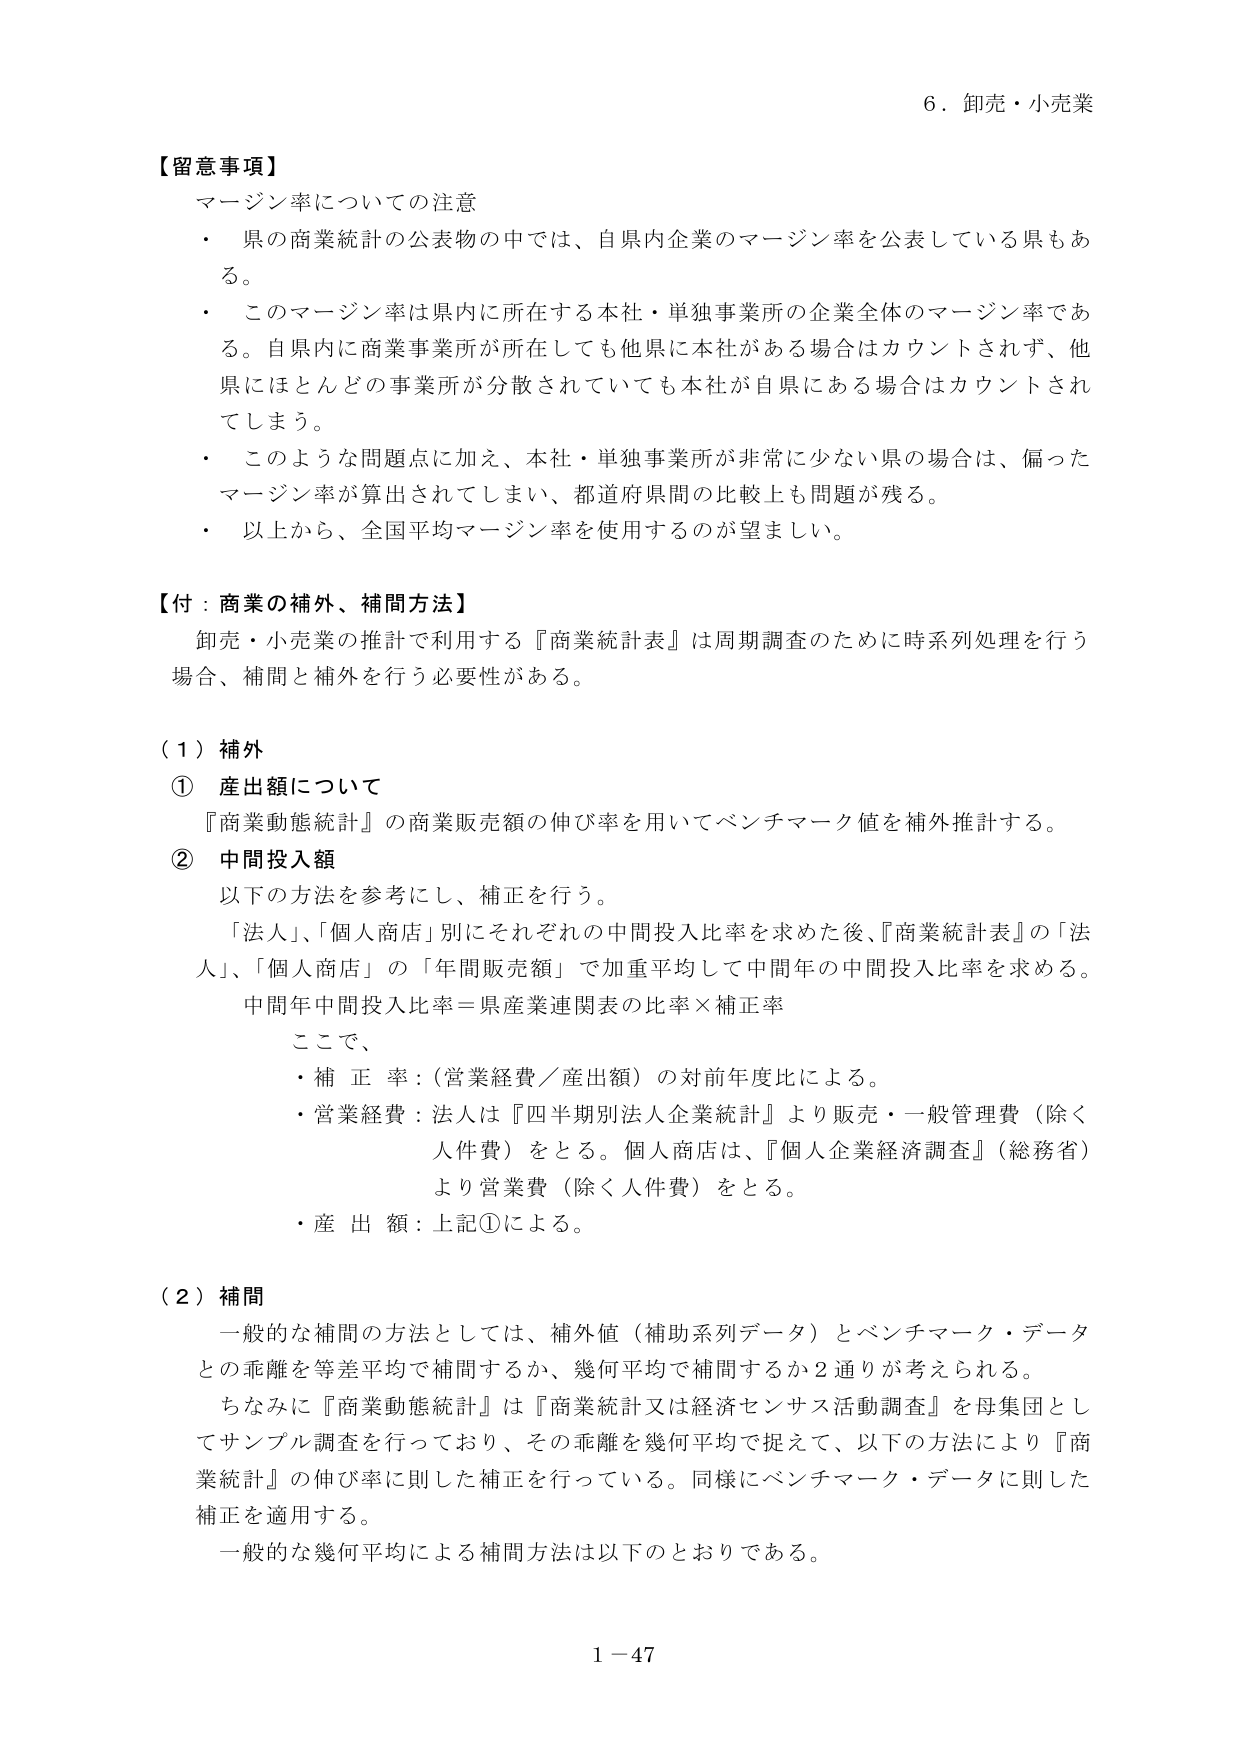
6．卸売・小売業

【留意事項】
マージン率についての注意
・ 県の商業統計の公表物の中では、自県内企業のマージン率を公表している県もある。
・ このマージン率は県内に所在する本社・単独事業所の企業全体のマージン率である。自県内に商業事業所が所在しても他県に本社がある場合はカウントされず、他県にはほとんどどの事業所が分散されていても本社が自県にある場合はカウントされてしまう。
・ このような問題点に加え、本社・単独事業所が非常に少ない県の場合は、偏ったマージン率が算出されてしまい、都道府県間の比較上も問題が残る。
・ 以上から、全国平均マージン率を使用するのが望ましい。

【付：商業の補外、補間方法】
卸売・小売業の推計で利用する『商業統計表』は周期調査のために時系列処理を行う場合、補間と補外を行う必要性がある。

（1）補外
① 産出額について
『商業動態統計』の商業販売額の伸び率を用いてベンチマーク値を補外推計する。
② 中間投入額
以下の方法を参考にし、補正を行う。
「法人」、「個人商店」別にそれぞれの中間投入比率を求めた後、『商業統計表』の「法人」、「個人商店」の「年間販売額」で加重平均して中間年の中間投入比率を求める。
中間年中間投入比率＝県産業連関表の比率×補正率
ここで、
・ 補正率：（営業経費／産出額）の対前年度比による。
・ 営業経費：法人は『四半期別法人企業統計』より販売・一般管理費（除く人件費）をとる。個人商店は、『個人企業経済調査』（総務省）より営業費（除く人件費）をとる。
・ 産出額：上記①による。

（2）補間
一般的な補間の方法としては、補外値（補助系列データ）とベンチマーク・データとの乖離を等差平均で補間するか、幾何平均で補間するか2通りが考えられる。
ちなみに『商業動態統計』は『商業統計又は経済センサス活動調査』を母集団としてサンプル調査を行っており、その乖離を幾何平均で捉えて、以下の方法により『商業統計』の伸び率に則した補正を行っている。同様にベンチマーク・データに則した補正を適用する。
一般的な幾何平均による補間方法は以下のとおりである。

1－47